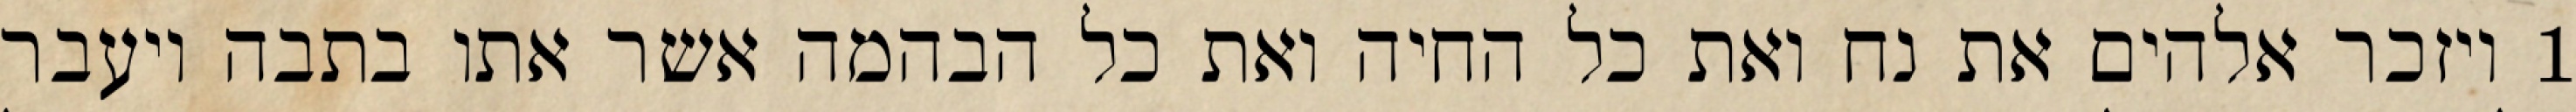
1 ויזכר אלהים את נח ואת כל החיה ואת כל הבהמה אשר אתו בתבה ויעבר